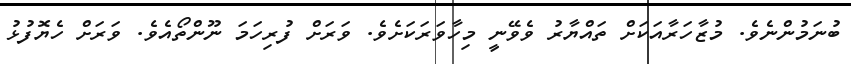
ބުނަމުންނެވެ. މުޒާހަރާއަކަށް ތައްޔާރު ވެވޭނީ މިހާވަރަކަށެވެ. ވަރަށް ފުރިހަމަ ނޫންތޯއެވެ. ވަރަށް ހެޔޮފުޅު